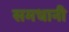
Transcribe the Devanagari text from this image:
समधानी